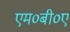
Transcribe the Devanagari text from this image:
एम०बी०ए